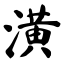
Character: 潢